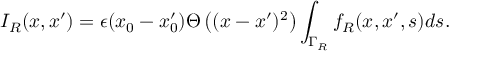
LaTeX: I _ { R } ( x , x ^ { \prime } ) = \epsilon ( x _ { 0 } - x _ { 0 } ^ { \prime } ) \Theta \left( ( x - x ^ { \prime } ) ^ { 2 } \right) \int _ { \Gamma _ { R } } f _ { R } ( x , x ^ { \prime } , s ) d s .